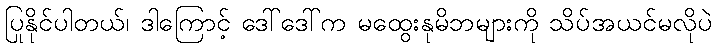
ပြုနိုင်ပါတယ်၊ ဒါကြောင့် ဒေါ်ဒေါ်က မထွေးနုမိဘများကို သိပ်အယင်မလိုပဲ